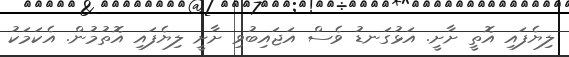
ލިޔެފައި އޮތީ ށާށީ. އަޅުގަނޑު ވެސް އަޖައިބުވި ށާށީ ލިޔެފައި އޮތުމުން. އެކަމަކު